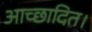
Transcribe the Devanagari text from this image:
आच्छादित।